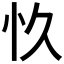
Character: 𮱿